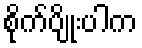
စိုက်ပျိုးပါက